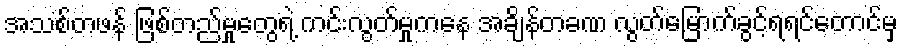
အသစ်တဖန် ဖြစ်တည်မှုတွေရဲ့ ကင်းလွတ်မှုကနေ အချိန်တခဏ လွတ်မြောက်ခွင့်ရရင်တောင်မှ